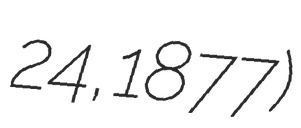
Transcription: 24, 1877)